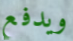
ويدفع